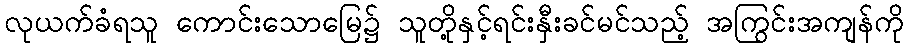
လုယက်ခံရသူ ကောင်းသောမြေ၌ သူတို့နှင့်ရင်းနှီးခင်မင်သည့် အကြွင်းအကျန်ကို